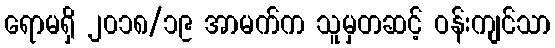
ရောမရှိ ၂၀၁၈/၁၉ အာမက်က သူမှတဆင့် ဝန်းကျင်သာ